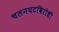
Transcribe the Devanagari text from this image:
चलनघटविरोधी